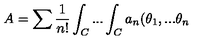
A = \sum \frac { 1 } { n ! } \int _ { C } . . . \int _ { C } a _ { n } ( \theta _ { 1 } , . . . \theta _ { n }